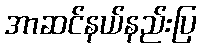
အာဆင်နယ်နည်းပြ